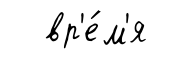
вр'е́м'я